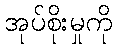
အုပ်စိုးမှုကို